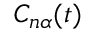
C _ { n \alpha } ( t )